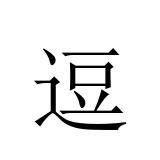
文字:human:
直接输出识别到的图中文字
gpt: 逗